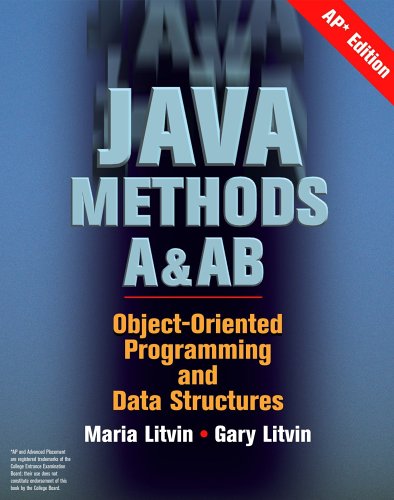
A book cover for Java Methods A&AB, AP Edition; Maria Litvin and Gary Litvin; Teen & Young Adult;